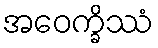
အဝေက္ခိဿံ